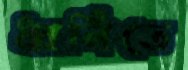
ধ্বনিতে